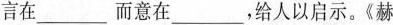
言在___而意在___，给人以启示。《赫